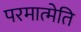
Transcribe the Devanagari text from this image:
परमात्मेति